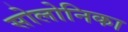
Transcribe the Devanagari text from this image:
सोलोनिका